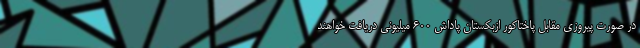
در صورت پیروزی مقابل پاختاکور ازبکستان پاداش 600 میلیونی دریافت خواهند